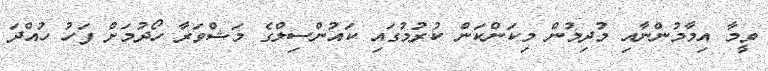
ވީމާ އިމާމުންނާއި މުދިމުން މިކަންކަން ކުރުމުގައި ކައުންސިލްގެ މަޝްވަރާ ހޯދުމަށް ފަހު ހުއްދަ